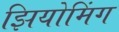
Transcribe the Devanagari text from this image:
झियोमिंग